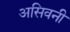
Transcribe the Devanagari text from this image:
असिवनी